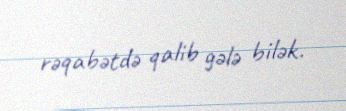
rəqabətdə qalib gələ bilək.